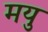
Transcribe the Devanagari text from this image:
मयु